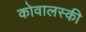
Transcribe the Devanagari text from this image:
कोवालस्की